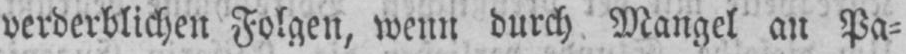
verderblichen Folgen, wenn durch Mangel an Pa⸗